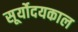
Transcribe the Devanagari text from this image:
सूर्योदयकाल